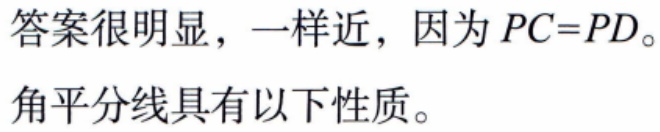
答案很明显，一样近，因为 \(PC = PD\)。
角平分线具有以下性质。